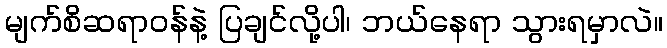
မျက်စိဆရာဝန်နဲ့ ပြချင်လို့ပါ၊ ဘယ်နေရာ သွားရမှာလဲ။